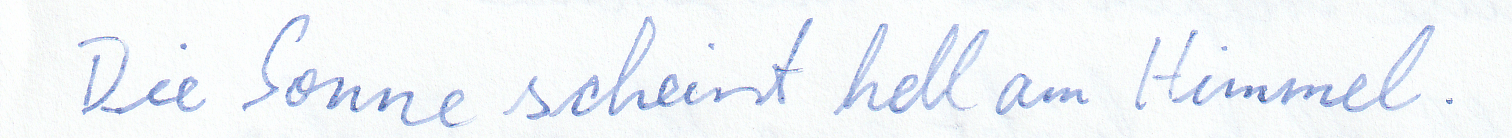
Die Sonne scheint hell am Himmel.